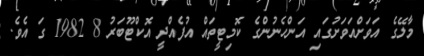
މާލޭގެ އަވަށްއަވަށުގައި އަންހެނުންގެ ކޮމިޓީތައް އުފެއްދީ އޮކްޓޫބަރު 8 1982 ގަ އެވެ.